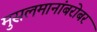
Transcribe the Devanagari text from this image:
मुसलमानांबरोबर